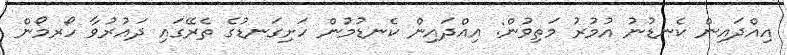
އިއްދައިން ކެނޑުނު އުމުރު މަތިވުން: އިއްދައިން ކެނޑުމުން ހަށިގަނޑުގެ ތެރޭގައި ދައުރުވާ ހޯރމޯން